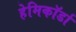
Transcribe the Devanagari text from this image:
हेमिकॉर्डा